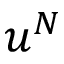
u ^ { N }